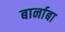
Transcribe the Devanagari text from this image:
बार्नाबा